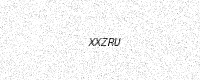
Text: XXZRU